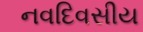
નવદિવસીય